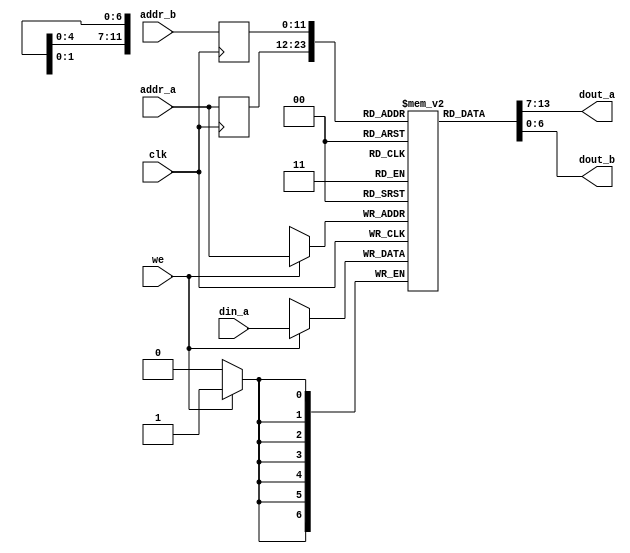
// This program was cloned from: https://github.com/FPGADude/Digital-Design
// License: GNU General Public License v3.0

`timescale 1ns / 1ps

module dual_port_ram
    #(
        parameter DATA_SIZE = 7,
        parameter ADDR_SIZE = 12
    )
    (
    input clk,
    input we,
    input [ADDR_SIZE-1:0] addr_a, addr_b,
    input [DATA_SIZE-1:0] din_a,
    output [DATA_SIZE-1:0] dout_a, dout_b
    );
    
    // Infer the RAM as block ram
    (* ram_style = "block" *) reg [DATA_SIZE-1:0] ram [2**ADDR_SIZE-1:0];
    
    reg [ADDR_SIZE-1:0] addr_a_reg, addr_b_reg;
    
    // body
    always @(posedge clk) begin
        if(we)      // write operation
            ram[addr_a] <= din_a;
        addr_a_reg <= addr_a;
        addr_b_reg <= addr_b;
    end
    
    // two read operations        
    assign dout_a = ram[addr_a_reg];
    assign dout_b = ram[addr_b_reg];
    
endmodule